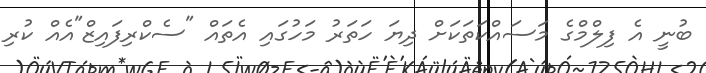
ބުނީ އެ ފިލްމްގެ މަސައްކަތަކަށް ދިޔަ ހަތަރު މަހުގައި އެތައް "ސެކްރިފައިޒް"އެއް ކުރި